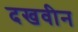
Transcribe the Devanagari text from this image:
दखवीन